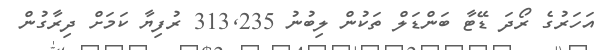
އަހަރުގެ ރޯދަ ޑޭޓާ ބަންޑަލް ތަކުން ލިބުނު 313